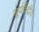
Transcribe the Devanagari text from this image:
सूर्यकेंद्रीय